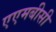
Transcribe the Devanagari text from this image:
एएमबीसी